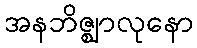
အနဘိဇ္ဈာလုနော